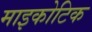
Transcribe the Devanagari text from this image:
माइकोटिक